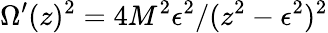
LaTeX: \Omega^{\prime}(z)^{2}=4M^{2}\epsilon^{2}/(z^{2}-\epsilon^{2})^{2}